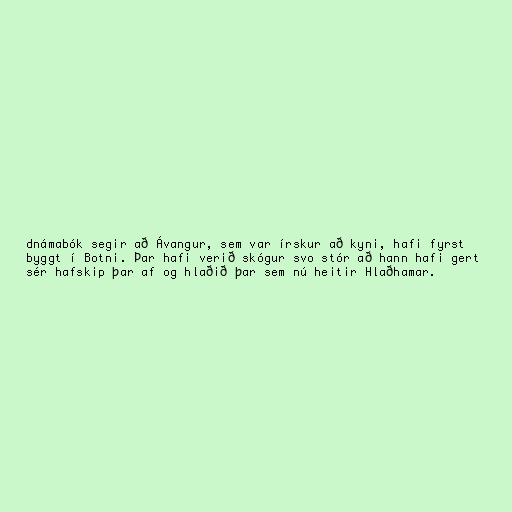
dnámabók segir að Ávangur, sem var írskur að kyni, hafi fyrst
byggt í Botni. Þar hafi verið skógur svo stór að hann hafi gert
sér hafskip þar af og hlaðið þar sem nú heitir Hlaðhamar.